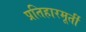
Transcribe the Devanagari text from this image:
प्रतिहारमूर्ती